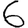
Digit: 6